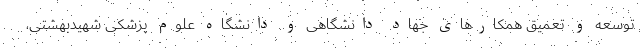
توسعه و تعمیق همکارهای جهاد دانشگاهی و دانشگاه علوم پزشکی شهیدبهشتی،